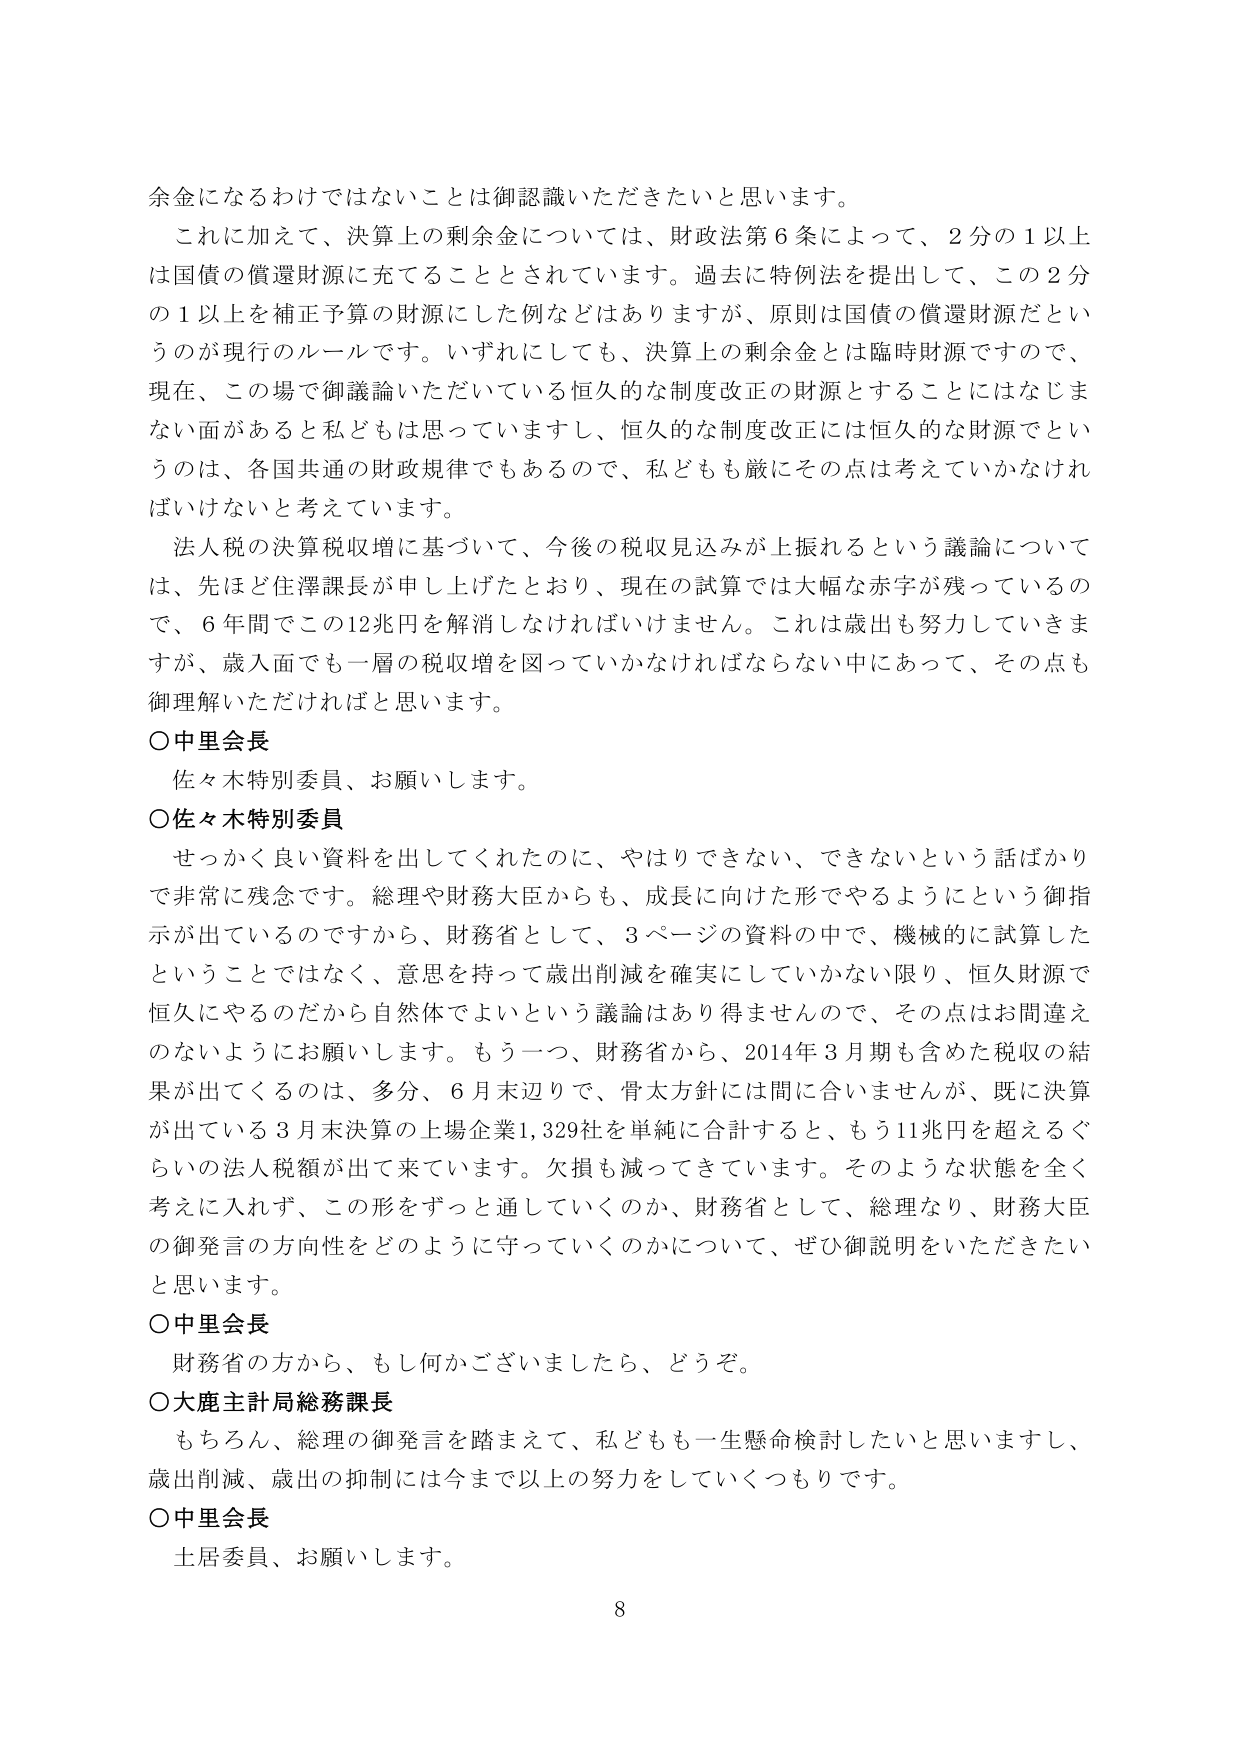
余金になるわけではないことは御認識いただきたいと思います。

これに加えて、決算上の剰余金については、財政法第６条によって、２分の１以上は国債の償還財源に充てることとされています。過去に特例法を提出して、この２分の１以上を補正予算の財源にした例などはありますが、原則は国債の償還財源だというのが現行のルールです。いずれにしても、決算上の剰余金とは臨時財源ですので、現在、この場で御議論いただいている恒久的な制度改正の財源とすることにはなじまない面があると私どもは思っていますし、恒久的な制度改正には恒久的な財源でというのは、各国共通の財政規律でもあるので、私どもも厳にその点は考えていかなければならないと考えています。

法人税の決算税収増に基づいて、今後の税収見込みが上振れるという議論については、先ほど住澤課長が申し上げたとおり、現在の決算では大幅な赤字が残っているので、６年間でこの12兆円を解消しなければいけません。これは歳出も努力していきますが、歳入面でも一層の税収増を図っていかなければならない中あって、その点も御理解いただければと思います。

○中里会長
佐々木特別委員、お願いします。

○佐々木特別委員
せっかく良い資料を出してくれたのに、やはりできない、できないという話ばかりで非常に残念です。総理や財務大臣からも、成長に向けた形でやるようにという御指示が出ているのですから、財務省として、３ページの資料の中で、機械的に試算したということではなく、意思を持って歳出削減を確実にしていかない限り、恒久財源で恒久にやるのだから自然体でよいという議論はあり得ませんので、その点はお間違えのないようにお願いします。もう一つ、財務省から、2014年３月期も含めた税収の結果が出てくるのは、多分、６月末辺りで、骨太方針には間に合いませんが、既に決算が出ている３月末決算の上場企業1,329社を単純に合計すると、もう11兆円を超えるぐらいの法人税額が出て来ています。欠損も減ってきています。そのような状態を全く考えに入れず、この形をずっと通していくのか、財務省として、総理なり、財務大臣の御発言の方向性をどのように守っていくのかについて、ぜひ御説明をいただきたいと思います。

○中里会長
財務省の方から、もし何かございましたら、どうぞ。

○大鹿主計局総務課長
もちろん、総理の御発言を踏まえて、私どもも一生懸命検討したいと思いますし、歳出削減、歳出の抑制には今まで以上の努力をしていくつもりです。

○中里会長
土居委員、お願いします。

8